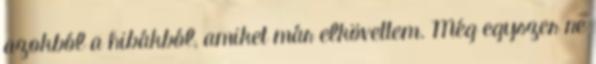
azokból a hibákból, amiket már elkövettem. Még egyszer ne